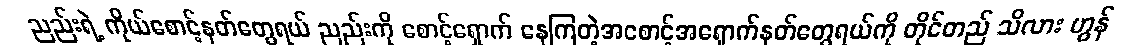
ညည်းရဲ့ ကိုယ်စောင့်နတ်တွေရယ် ညည်းကို စောင့်ရှောက် နေကြတဲ့အစောင့်အရှောက်နတ်တွေရယ်ကို တိုင်တည် သိလား ဟွန်